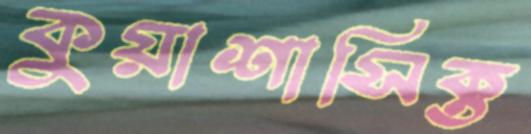
কুয়াশাসিক্ত